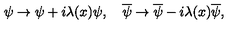
\psi \rightarrow \psi + i \lambda ( x ) \psi , \quad \overline { \psi } \rightarrow \overline { \psi } - i \lambda ( x ) \overline { \psi } ,